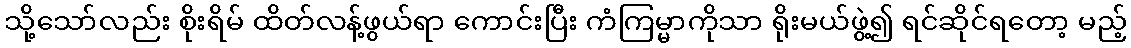
သို့သော်လည်း စိုးရိမ် ထိတ်လန့်ဖွယ်ရာ ကောင်းပြီး ကံကြမ္မာကိုသာ ရိုးမယ်ဖွဲ့၍ ရင်ဆိုင်ရတော့ မည့်